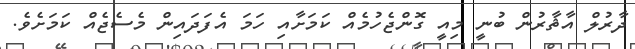
ދާރުލް އާޘާރުން ބުނީ މިއީ ގޮންޖެހުމެއް ކަމަށާއި ހަމަ އެފަދައިން މެސެޖެއް ކަމަށެވެ.